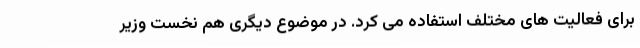
برای فعالیت های مختلف استفاده می کرد. در موضوع دیگری هم نخست وزیر